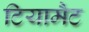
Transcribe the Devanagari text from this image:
टियामैट